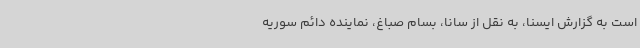
است به گزارش ایسنا، به نقل از سانا، بسام صباغ، نماینده دائم سوریه